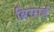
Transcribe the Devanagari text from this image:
ब्रिसार्ड